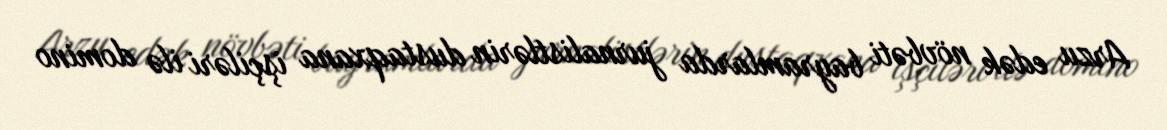
Arzu edək növbəti bayramlarda jurnalistlərin dustaqxana işçiləri ilə domino